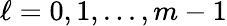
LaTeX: \ell=0,1,...,m-1